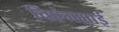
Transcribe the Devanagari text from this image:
चिएंगमाई